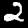
Label: 2